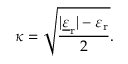
\kappa = { \sqrt { \frac { | { \underline { { \varepsilon } } } _ { \mathrm { r } } | - \varepsilon _ { \mathrm { r } } } { 2 } } } .